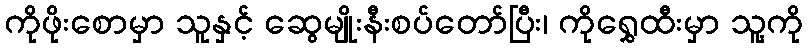
ကိုဖိုးစောမှာ သူနှင့် ဆွေမျိုးနီးစပ်တော်ပြီး၊ ကိုရွှေထီးမှာ သူ့ကို